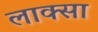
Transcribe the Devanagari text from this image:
लाक्सा